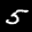
Label: 5